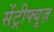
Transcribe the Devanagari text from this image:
सेंट्रीफ्यूज़